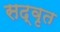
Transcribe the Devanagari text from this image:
सद्वृत